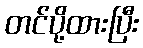
တင်ပို့ထားပြီး